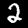
Label: 2